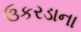
ઉકરડાના